Scottish Certificate of Education, 1963
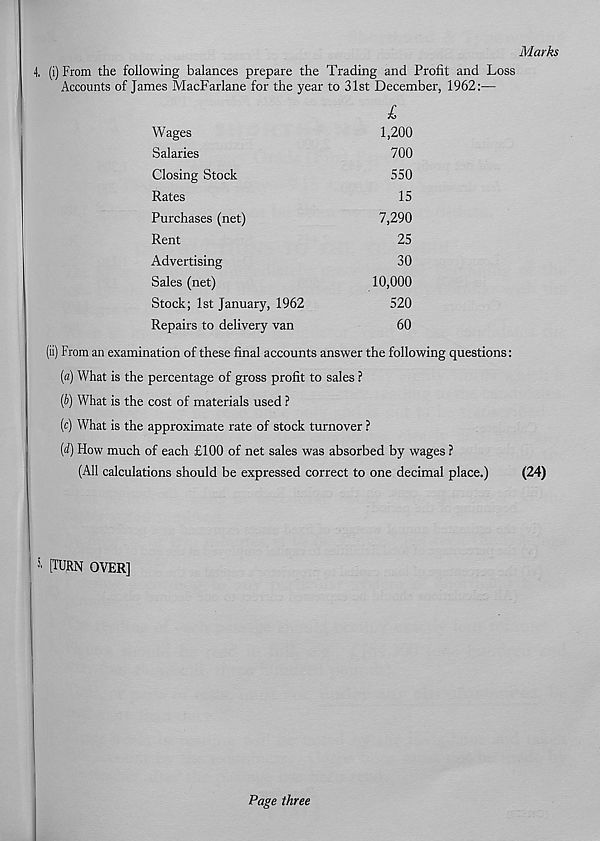
Marks
(i) From the following balances prepare the Trading and Profit and Loss
Accounts of James MacFarlane for the year to 31st December, 1962:—
Wages
1,200
Salaries
700
Closing Stock
550
Rates
15
Purchases (net)
7,290
Rent
25
Advertising
30
Sales (net)
10,000
Stock; 1st January, 1962
520
Repairs to delivery van
60
(ii) From an examination of these final accounts answer the following questions:
(a) What is the percentage of gross profit to sales ?
(b) What is the cost of materials used ?
(c) What is the approximate rate of stock turnover ?
(d) How much of each £100 of net sales was absorbed by wages ?
(All calculations should be expressed correct to one decimal place.)
5 - [TURN OVER]
(24)
Page three